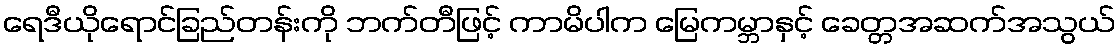
ရေဒီယိုရောင်ခြည်တန်းကို ဘက်တီဖြင့် ကာမိပါက မြေကမ္ဘာနှင့် ခေတ္တအဆက်အသွယ်